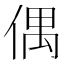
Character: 偶